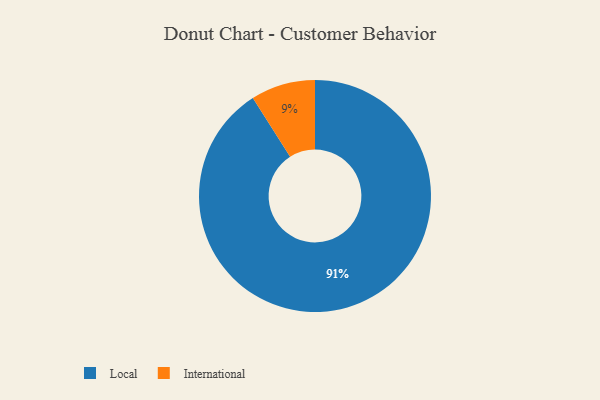
{"axis": {"x": "Category", "y": "Percentage"}, "legend": ["International", "Local"], "data": [{"x": "International", "y": 9, "type": "International"}, {"x": "Local", "y": 91, "type": "Local"}]}